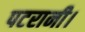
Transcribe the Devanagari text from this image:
पटरानी।